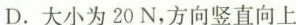
D.大小为20N，方向竖直向上